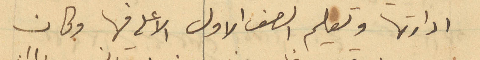
ادارتها وتعليم الصف الاول الاعلى فيها وكان